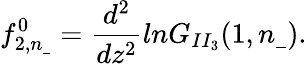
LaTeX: f_{2,n_{\_ }}^{0}=\frac{d^{2}}{dz^{2}}lnG_{II_{3}}(1,n_{\_ }).